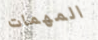
المهمات